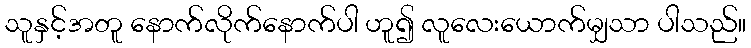
သူနှင့်အတူ နောက်လိုက်နောက်ပါ ဟူ၍ လူလေးယောက်မျှသာ ပါသည်။